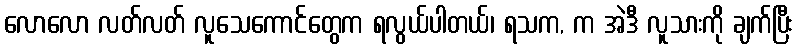
လောလော လတ်လတ် လူသေကောင်တွေက ရလွယ်ပါတယ်၊ ရသက, က အဲဒီ လူသားကို ချက်ပြီး